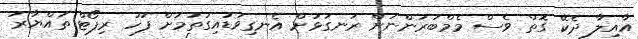
އާއިލާ ދެކޭ ގޮތް ވެސް މެމްބަރުންނަށް ރަނގަޅަށް އެނގިވަޑައިގަތުމަށް ފަހު ރިޕޯޓް ތައްޔާރު